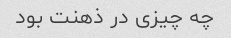
چه چیزی در ذهنت بود